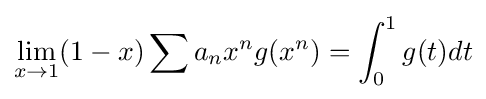
\lim _{x\to 1}(1-x)\sum a_{n}x^{n}g(x^{n})=\int _{0}^{1}g(t)dt